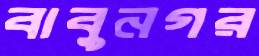
বাবুনগর